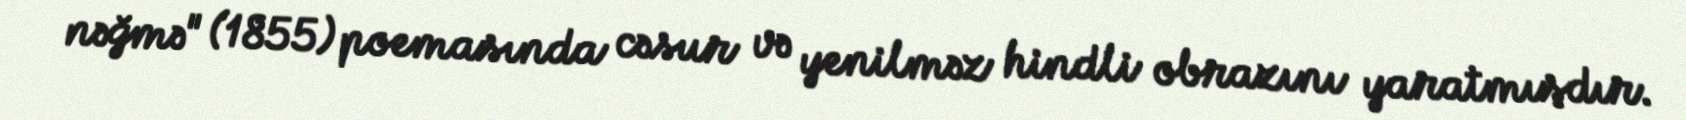
nəğmə" (1855) poemasında cəsur və yenilməz hindli obrazını yaratmışdır.